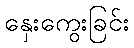
နှေးကွေးခြင်း